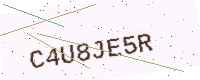
Text: C4U8JE5R